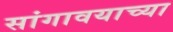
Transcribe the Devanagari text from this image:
सांगावयाच्या